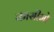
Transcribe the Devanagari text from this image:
कासीमो